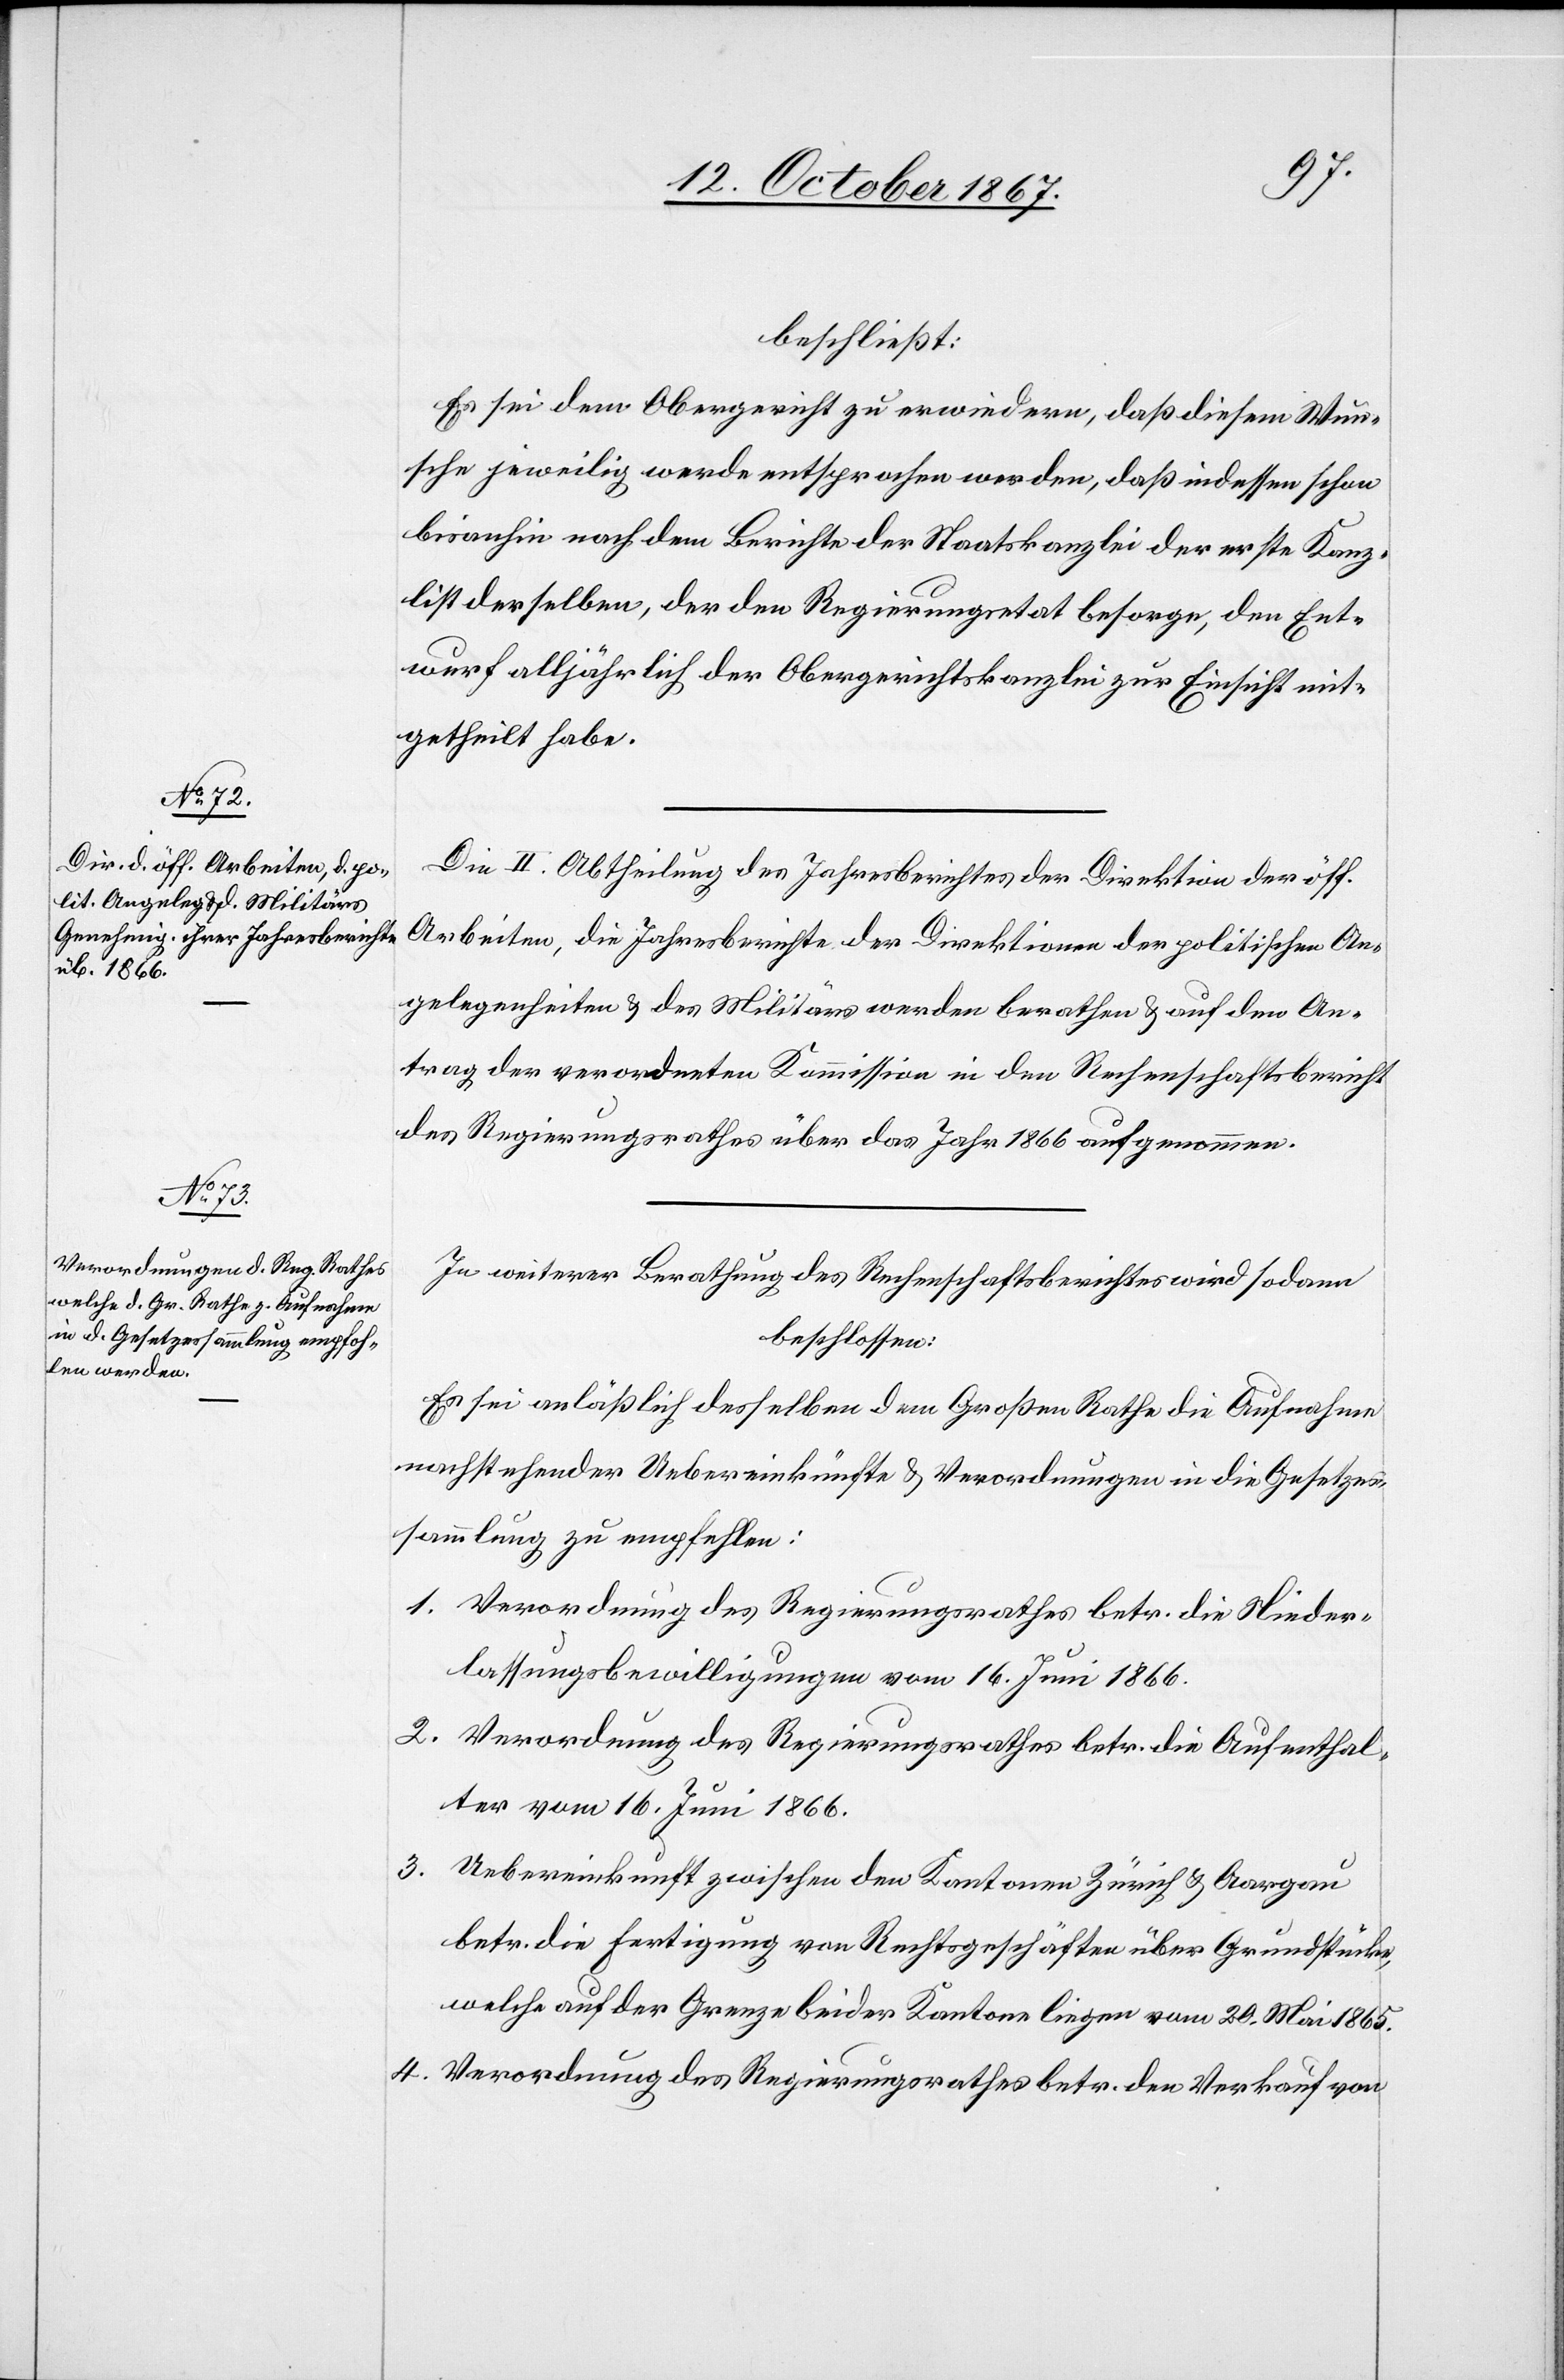
beschließt:
Es sei dem Obergericht zu erwiedern, daß diesem Wun¬
sche jeweilig werde entsprochen werden, daß indessen schon
bisanhin nach dem Berichte der Staatskanzlei der erste Kanz¬
list derselben, der den Regierungsetat besorge, den Ent¬
wurf alljährlich der Obergerichtskanzlei zur Einsicht mit¬
getheilt habe.
Die II. Abtheilung des Jahresberichtes der Direktion der öff.
Arbeiten, die Jahresberichte der Direktionen der politischen An¬
gelegenheiten u. des Militärs werden berathen u. auf den An¬
trag der verordneten Kommission in den Rechenschaftsbericht
des Regierungsrathes über das Jahr 1866 aufgenommen.
In weiterer Berathung des Rechenschaftsberichtes wird sodann
beschlossen:
Es sei anläßlich desselben dem Großen Rathe die Aufnahme
nachstehender Uebereinkünfte u. Verordnungen in die Gesetzes¬
sammlung zu empfehlen:
1. Verordnung des Regierungsrathes betr. die Nieder¬
lassungsbewilligungen vom 16. Juni 1866.
2. Verordnung des Regierungsrathes betr. die Aufenthal¬
ter vom 16. Juni 1866.
3. Uebereinkunft zwischen den Kantonen Zürich u. Aargau
betr. die Fertigung von Rechtsgeschäften über Grundstücke,
welche auf der Grenze beider Kantone liegen vom 20. Mai 1865.
4. Verordnung des Regierungsrathes betr. den Verkauf von